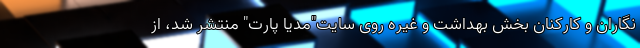
نگاران و کارکنان بخش بهداشت و غیره روی سایت"مدیا پارت" منتشر شد، از